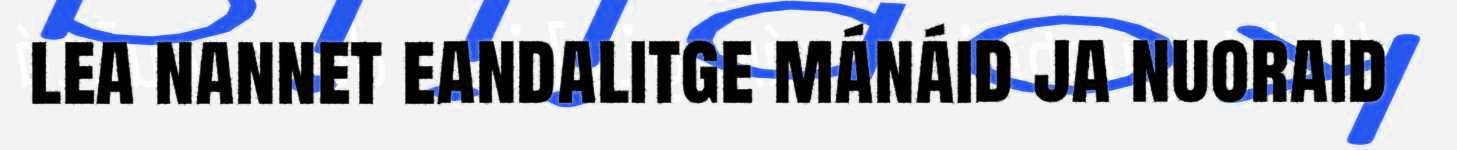
lea nannet eandalitge mánáid ja nuoraid